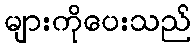
များကိုပေးသည်